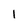
Character: 1